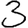
Digit: 3